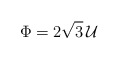
\begin{align*}\Phi= 2 \sqrt{3} \, {\cal U}\end{align*}